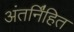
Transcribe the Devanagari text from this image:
अंतर्नि॑हित